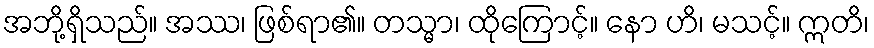
အဘို့ရှိသည်။ အဿ၊ ဖြစ်ရာ၏။ တသ္မာ၊ ထိုကြောင့်။ နော ဟိ၊ မသင့်။ ဣတိ၊